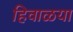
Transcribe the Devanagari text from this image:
हिवाळया